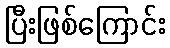
ပြီးဖြစ်ကြောင်း